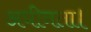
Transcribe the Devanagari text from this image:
अधीनता।